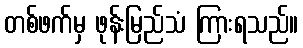
တစ်ဖက်မှ ဖုန်းမြည်သံ ကြားရသည်။